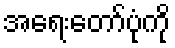
အရေးတော်ပုံကို